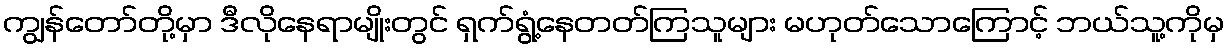
ကျွန်တော်တို့မှာ ဒီလိုနေရာမျိုးတွင် ရှက်ရွံ့နေတတ်ကြသူများ မဟုတ်သောကြောင့် ဘယ်သူ့ကိုမှ